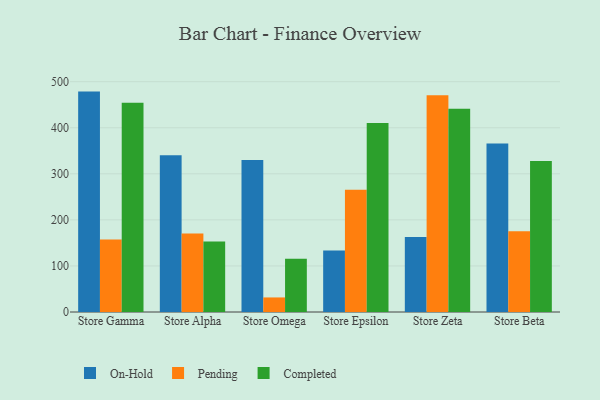
{"axis": {"x": "Store", "y": "Conversion Rate (%)"}, "legend": ["Completed", "On-Hold", "Pending"], "data": [{"x": "Store Gamma", "y": 478.5, "type": "On-Hold"}, {"x": "Store Gamma", "y": 157.2, "type": "Pending"}, {"x": "Store Gamma", "y": 454.5, "type": "Completed"}, {"x": "Store Alpha", "y": 340.1, "type": "On-Hold"}, {"x": "Store Alpha", "y": 170.2, "type": "Pending"}, {"x": "Store Alpha", "y": 153.0, "type": "Completed"}, {"x": "Store Omega", "y": 329.9, "type": "On-Hold"}, {"x": "Store Omega", "y": 31.6, "type": "Pending"}, {"x": "Store Omega", "y": 115.8, "type": "Completed"}, {"x": "Store Epsilon", "y": 133.4, "type": "On-Hold"}, {"x": "Store Epsilon", "y": 265.3, "type": "Pending"}, {"x": "Store Epsilon", "y": 410.4, "type": "Completed"}, {"x": "Store Zeta", "y": 163.1, "type": "On-Hold"}, {"x": "Store Zeta", "y": 470.5, "type": "Pending"}, {"x": "Store Zeta", "y": 441.4, "type": "Completed"}, {"x": "Store Beta", "y": 366.0, "type": "On-Hold"}, {"x": "Store Beta", "y": 175.4, "type": "Pending"}, {"x": "Store Beta", "y": 328.0, "type": "Completed"}]}